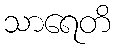
သာရေတိ